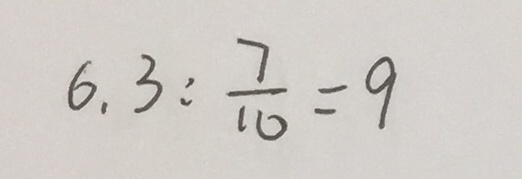
6 . 3 : \frac { 7 } { 1 0 } = 9